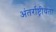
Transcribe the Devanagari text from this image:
अंतर्राष्ट्रीयता